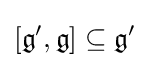
[{\mathfrak {g'}},{\mathfrak {g}}]\subseteq {\mathfrak {g'}}